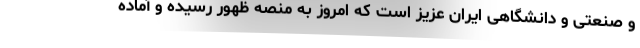
و صنعتی و دانشگاهی ایران عزیز است که امروز به منصه ظهور رسیده و آماده